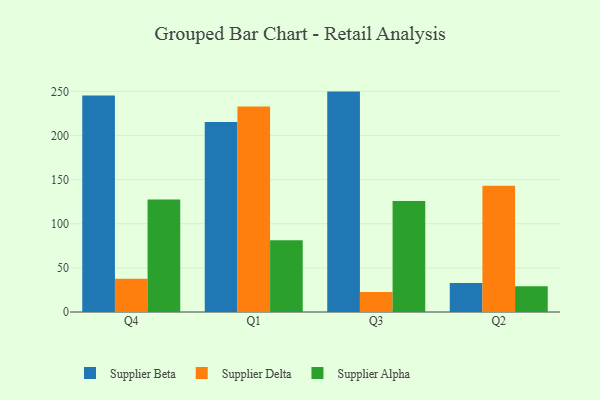
{"axis": {"x": "Quarter", "y": "Website Visitors"}, "legend": ["Supplier Alpha", "Supplier Beta", "Supplier Delta"], "data": [{"x": "Q4", "y": 245.3, "type": "Supplier Beta"}, {"x": "Q4", "y": 37.7, "type": "Supplier Delta"}, {"x": "Q4", "y": 127.4, "type": "Supplier Alpha"}, {"x": "Q1", "y": 215.2, "type": "Supplier Beta"}, {"x": "Q1", "y": 232.7, "type": "Supplier Delta"}, {"x": "Q1", "y": 81.4, "type": "Supplier Alpha"}, {"x": "Q3", "y": 249.7, "type": "Supplier Beta"}, {"x": "Q3", "y": 22.8, "type": "Supplier Delta"}, {"x": "Q3", "y": 125.7, "type": "Supplier Alpha"}, {"x": "Q2", "y": 32.8, "type": "Supplier Beta"}, {"x": "Q2", "y": 143.0, "type": "Supplier Delta"}, {"x": "Q2", "y": 29.2, "type": "Supplier Alpha"}]}